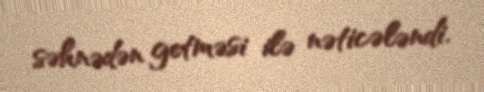
səhnədən getməsi ilə nəticələndi.